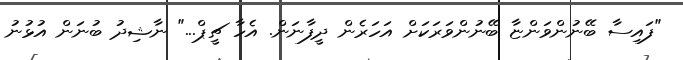
"ފައިސާ ބޭނުންވަންޏާ ބޭނުންވަރަކަށް އަހަރެން ދީފާނަން. އެހާ ޗީޕް..." ނާޝިދު ބުނަން އުޅުނު